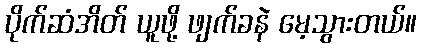
ပိုက်ဆံအိတ် ယူဖို့ ဖျက်ခနဲ မေ့သွားတယ်။